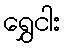
ရွှေငါး